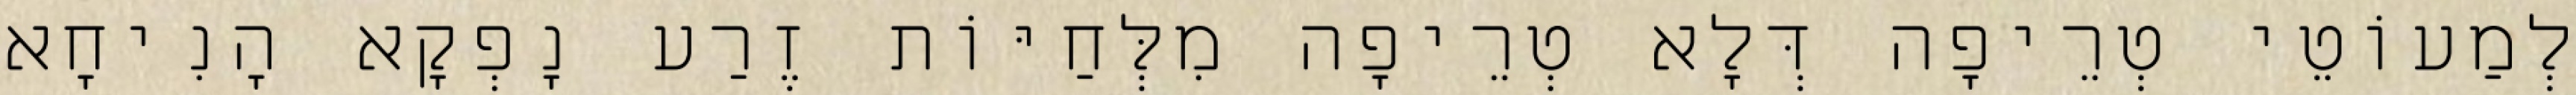
לְמַעוֹטֵי טְרֵיפָה דְּלָא טְרֵיפָה מִלְּחַיּוֹת זֶרַע נָפְקָא הָנִיחָא